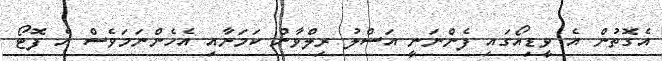
އެގޮތުން އެ ވީޑިއޯގައި ފެންނަނީ އަސްލު ރިލްވާން ކަމަށާއި އެހެންނަމަވެސް އެ ފޮޓޯ